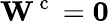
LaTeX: {\mathbf W}^{\mathrm{~c~}}=\mathbf 0